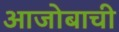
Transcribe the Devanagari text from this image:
आजोबाची